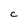
Character: C